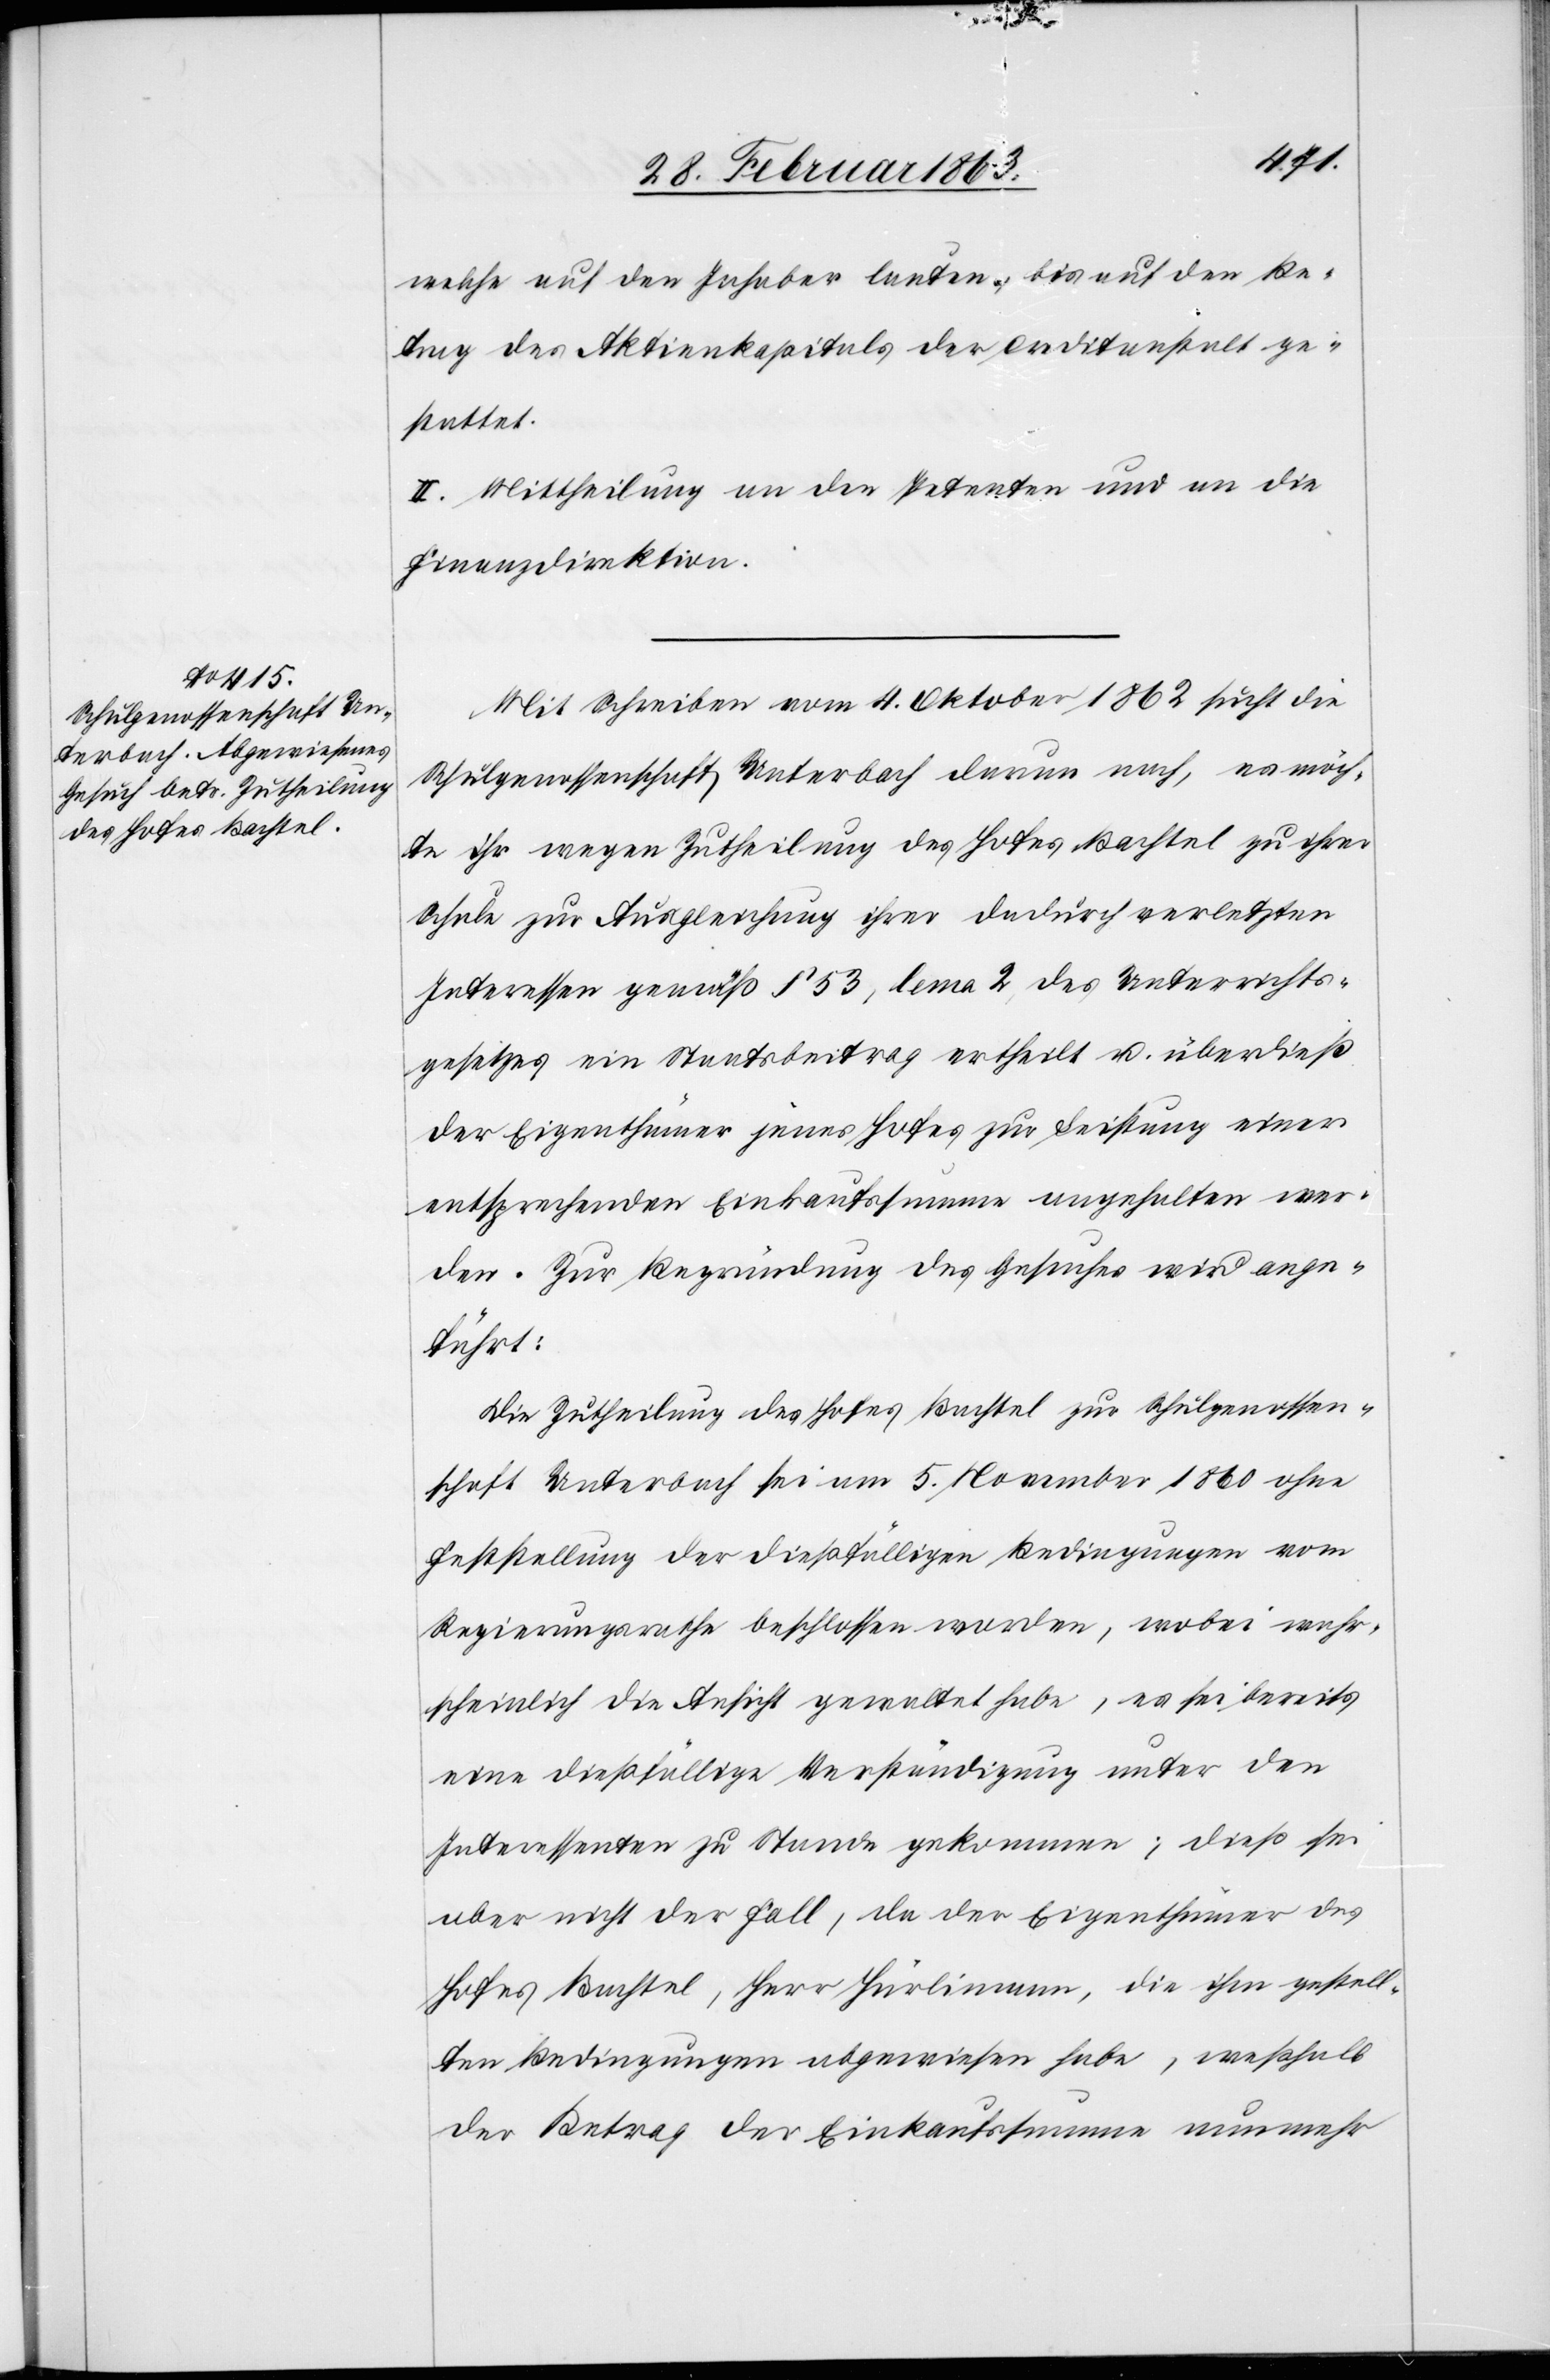
welche auf den Inhaber lauten, bis auf den Be¬
trag des Aktienkapitals der Creditanstalt ge¬
stattet.
II. Mittheilung an den Petenten und an die
Finanzdirektion.
Mit Schreiben vom 4. Oktober 1862 sucht die
Schulgenossenschaft Unterbach darum nach, es möch¬
te ihr wegen Zutheilung des Hofes Bachtel zu ihrer
Schule zur Ausgleichung ihrer dadurch verletzten
Interessen gemäß § 53, lema 2, des Unterrichts¬
gesetzes ein Staatsbeitrag ertheilt u. überdieß
der Eigenthümer jenes Hofes zur Leistung einer
entsprechenden Einkaufssumme angehalten wer¬
den. Zur Begründung des Gesuches wird ange¬
führt:
Die Zutheilung des Hofes Bachtel zur Schulgenossen¬
schaft Unterbach sei am 5. November 1860 ohne
Feststellung der dießfälligen Bedingungen vom
Regierungsrathe beschlossen worden, wobei wahr¬
scheinlich die Ansicht gewaltet habe, es sei bereits
eine dießfällige Verständigung unter den
Interessenten zu Stande gekommen; dieß sei
aber nicht der Fall, da der Eigenthümer des
Hofes Bachtel, Herr Hürlimann, die ihm gestell¬
ten Bedingungen abgewiesen habe, weßhalb
der Betrag der Einkaufssumme nunmehr